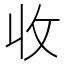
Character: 收